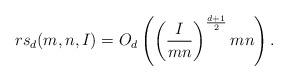
LaTeX: \begin{align*} rs_d(m,n,I)=O_d\left( \left(\frac{I}{mn}\right)^{\frac{d+1}{2}} mn\right).\end{align*}